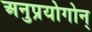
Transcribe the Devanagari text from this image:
अनुप्रयोगोन्